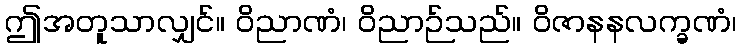
ဤအတူသာလျှင်။ ဝိညာဏံ၊ ဝိညာဉ်သည်။ ဝိဇာနနလက္ခဏံ၊